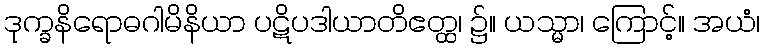
ဒုက္ခနိရောဓဂါမိနိယာ ပဋိပဒါယာတိဧတ္ထ၊ ၌။ ယသ္မာ၊ ကြောင့်။ အယံ၊